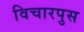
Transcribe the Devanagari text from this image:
विचारपुस